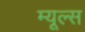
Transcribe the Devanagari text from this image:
म्यूल्स